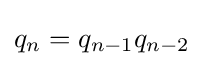
q_{n}=q_{n-1}q_{n-2}